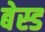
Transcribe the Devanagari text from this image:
बेस्‍ड